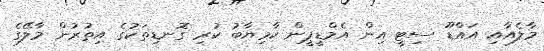
މާލެއާއި އައްޑޫ ސިޓީ އިން އެމްޑީޕީން ކާމިޔާބު ކުރި ގޮނޑިތަކުގެ އިތުރުން މާލޭގެ